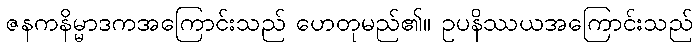
ဇနကနိမ္မာဒကအကြောင်းသည် ဟေတုမည်၏။ ဥပနိဿယအကြောင်းသည်